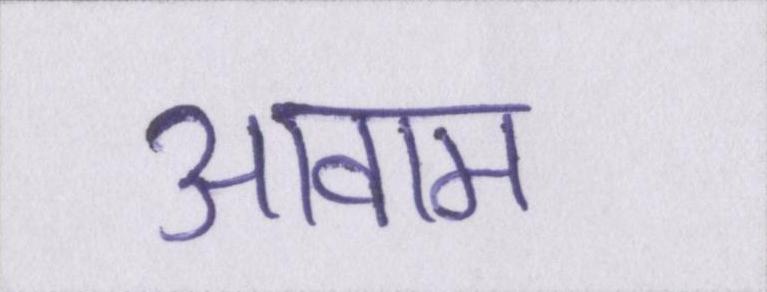
आवाम